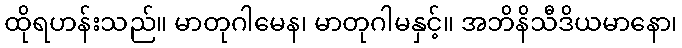
ထိုရဟန်းသည်။ မာတုဂါမေန၊ မာတုဂါမနှင့်။ အဘိနိသီဒိယမာနော၊